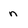
Character: n